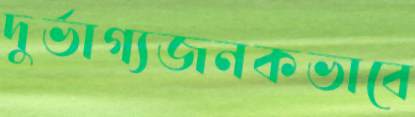
দুর্ভাগ্যজনকভাবে